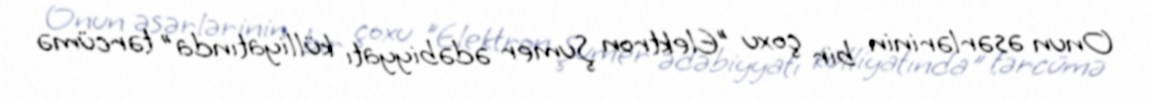
Onun əsərlərinin bir çoxu "Elektron Şumer ədəbiyyatı külliyatında" tərcümə